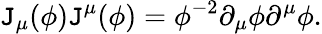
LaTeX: \mathtt{J}_{\mu}(\phi)\mathtt{J}^{\mu}(\phi)=\phi^{-2}\partial_{\mu}\phi\partial^{\mu}\phi.